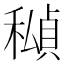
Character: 𥢆